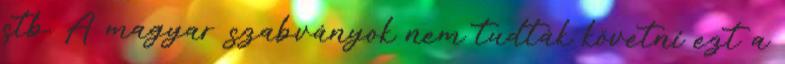
stb. A magyar szabványok nem tudták követni ezt a